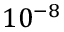
1 0 ^ { - 8 }